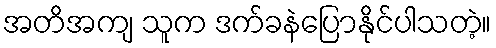
အတိအကျ သူက ဒက်ခနဲပြောနိုင်ပါသတဲ့။